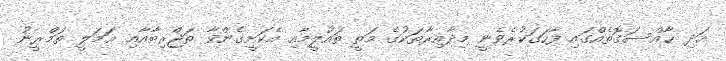
އަދި ޚާއްސަގޮތެއްގައި ފާހަގަކުރެވެނީ މިދާއިރާތަކުގެ މަތީ ތައުލީމާއި އެކަށީގެންވާ ތަޖްރިބާއާއި ޢަމަލީ ތަމްރީނު